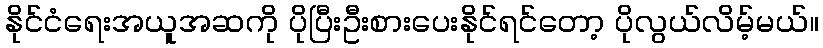
နိုင်ငံရေးအယူအဆကို ပိုပြီးဦးစားပေးနိုင်ရင်တော့ ပိုလွယ်လိမ့်မယ်။